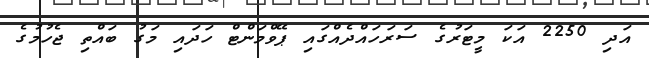
އަދި 2250 އަކަ މީޓަރުގެ ސަރަހައްދެއްގައި ޕޭވްމަންޓް ހަދައި މަގު ބައްތި ޖެހުމުގެ